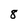
Character: 8